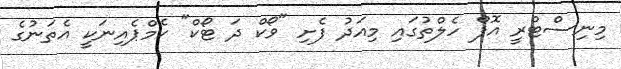
މިނިސްޓްރީ އޮފް ހެލްތުގައި މިއަދު ފެށި "ވޯކް ދަ ޓޯކް" ކެމްޕެއިނަކީ އެތަނުގެ